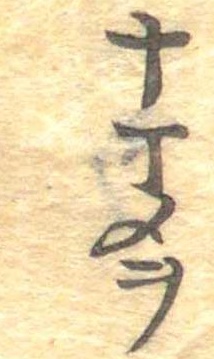
十丁メヲ